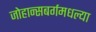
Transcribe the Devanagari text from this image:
जोहान्सबर्गमधल्या